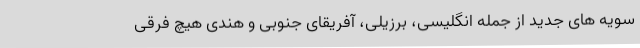
سویه های جدید از جمله انگلیسی، برزیلی، آفریقای جنوبی و هندی هیچ فرقی